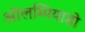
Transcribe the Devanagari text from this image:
ओलम्पियाडो